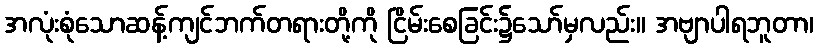
အလုံးစုံသောဆန့်ကျင်ဘက်တရားတို့ကို ငြိမ်းစေခြင်း၌သော်မှလည်း။ အဗျာပါရဘူတာ၊